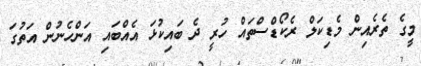
މީގެ ތެރެއިން މެޑިކަލް ރެކޯޑްސްތައް ހުރީ ދެ ބައިކުޅަ އެއްބައި އަންހެނުން އަތުގަ